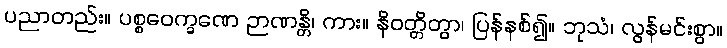
ပညာတည်း။ ပစ္စဝေက္ခဏေ ဉာဏန္တိ၊ ကား။ နိဝတ္တိတွာ၊ ပြန်နစ်၍။ ဘုသံ၊ လွန်မင်းစွာ။